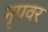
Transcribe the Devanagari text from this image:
नृपवर